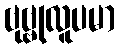
ဗုဗ္ဗုလူပမာ